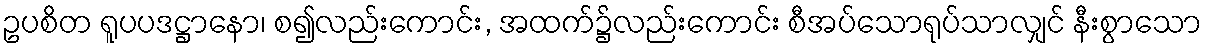
ဥပစိတ ရူပပဒဋ္ဌာနော၊ စ၍လည်းကောင်း, အထက်၌လည်းကောင်း စီအပ်သောရုပ်သာလျှင် နီးစွာသော